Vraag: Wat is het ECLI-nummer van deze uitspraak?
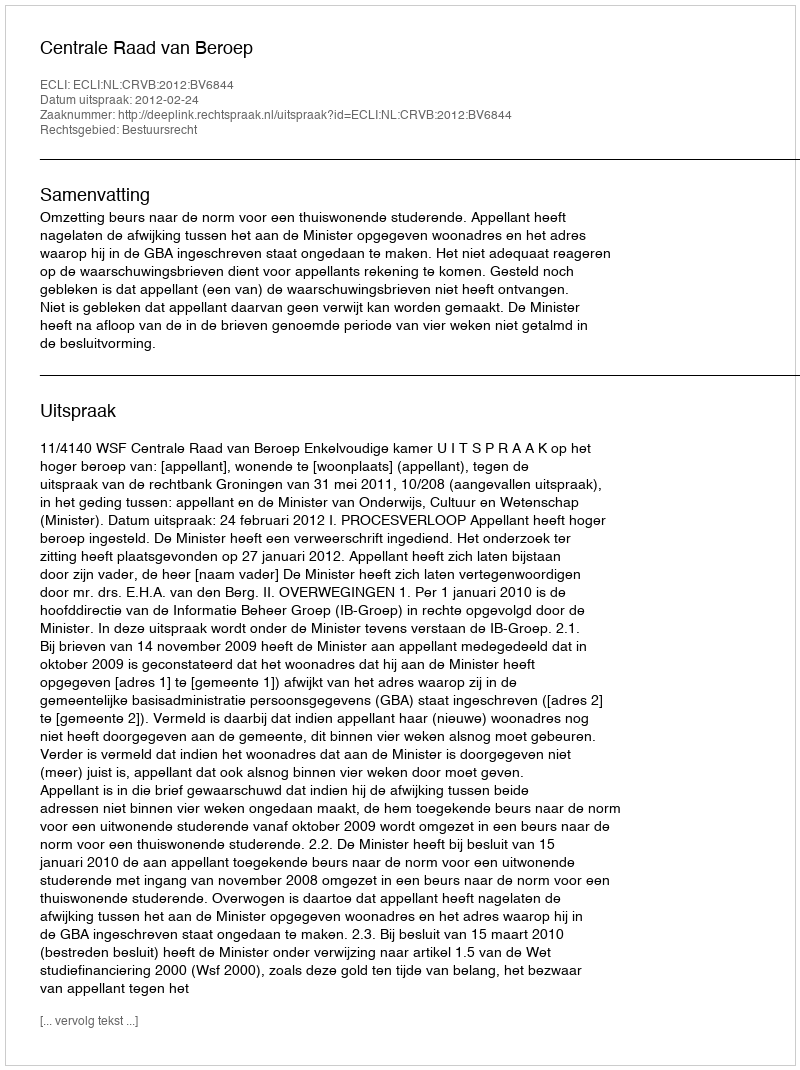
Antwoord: ECLI:NL:CRVB:2012:BV6844